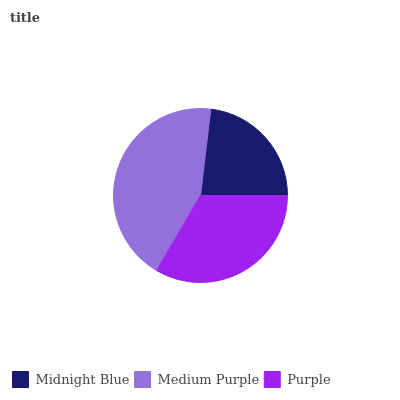
| Midnight Blue | Medium Purple | Purple |
 | --- | --- | --- |
 | 23.1% | 43.5% | 33.4% |